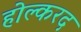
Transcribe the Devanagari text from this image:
होल्करद